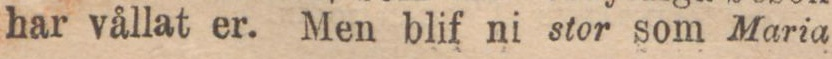
har vållat er. Men blif ni stor som Maria